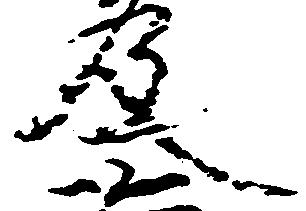
及